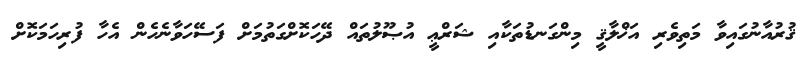
ޤުރުއާނުގައިވާ މަތިވެރި އަޚްލާޤީ މިންގަނޑުތަކާއި ޝަރްޢީ އުޞޫލުތައް ދޭހަކޮށްގަތުމަށް ފަސޭހަވާނެހެން އެހާ ފުރިހަމަކޮށް